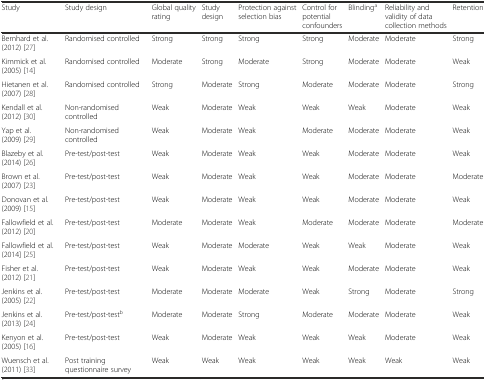
| Study | Study design | Global quality rating | Study design | Protection against selection bias | Control for potential confounders | Blindinga | Reliability and validity of data collection methods | Retention |
 | --- | --- | --- | --- | --- | --- | --- | --- | --- |
 | Bernhard et al. (2012) [27] | Randomised controlled | Strong | Strong | Strong | Strong | Moderate | Moderate | Strong |
 | Kimmick et al. (2005) [14] | Randomised controlled | Moderate | Strong | Moderate | Strong | Moderate | Moderate | Weak |
 | Hietanen et al. (2007) [28] | Randomised controlled | Strong | Moderate | Strong | Moderate | Moderate | Moderate | Strong |
 | Kendall et al. (2012) [30] | Non-randomised controlled | Weak | Moderate | Weak | Weak | Weak | Moderate | Weak |
 | Yap et al. (2009) [29] | Non-randomised controlled | Weak | Moderate | Weak | Moderate | Moderate | Moderate | Weak |
 | Blazeby et al. (2014) [26] | Pre-test/post-test | Weak | Moderate | Weak | Weak | Moderate | Moderate | Weak |
 | Brown et al. (2007) [23] | Pre-test/post-test | Weak | Moderate | Weak | Weak | Moderate | Moderate | Moderate |
 | Donovan et al. (2009) [15] | Pre-test/post-test | Weak | Moderate | Weak | Weak | Moderate | Moderate | Weak |
 | Fallowfield et al. (2012) [20] | Pre-test/post-test | Moderate | Moderate | Weak | Moderate | Moderate | Moderate | Moderate |
 | Fallowfield et al. (2014] [25] | Pre-test/post-test | Weak | Moderate | Moderate | Weak | Weak | Moderate | Weak |
 | Fisher et al. (2012) [21] | Pre-test/post-test | Weak | Moderate | Weak | Weak | Moderate | Moderate | Weak |
 | Jenkins et al. (2005) [22] | Pre-test/post-test | Moderate | Moderate | Moderate | Weak | Strong | Moderate | Strong |
 | Jenkins et al. (2013) [24] | Pre-test/post-testb | Moderate | Moderate | Strong | Moderate | Moderate | Moderate | Weak |
 | Kenyon et al. (2005) [16] | Pre-test/post-test | Weak | Moderate | Weak | Weak | Weak | Moderate | Weak |
 | Wuensch et al. (2011) [33] | Post training questionnaire survey | Weak | Weak | Weak | Weak | Weak | Weak | Weak |